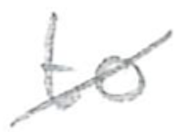
Text: to
Cross-out: diagonal
Writing tool: pencil